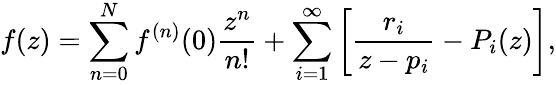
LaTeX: f(z)=\sum_{n=0}^{N}f^{(n)}(0)\frac{z^{n}}{n!}+\sum_{i=1}^{\infty}\left[\frac{r_{i}}{z-p_{i}}-P_{i}(z)\right],